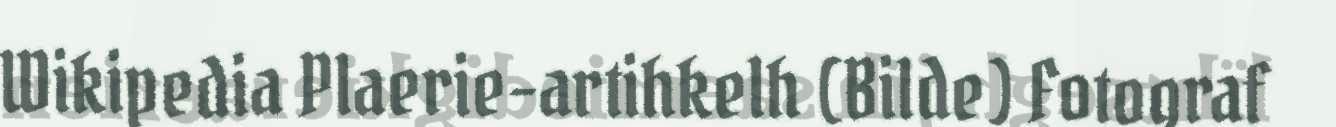
Wikipedia Plaerie-artihkelh (Bilde) Fotograf